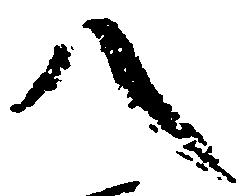
八